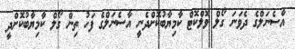
އާސެނަލްގެ ދެވަނަ ގޯލް ވޮލްކޮޓް ކާމިޔާބުކޮށްދެނީ އާސެނަލްގެ ފަހު ތިން ގޯލް ކާމިޔާބުކޮށްދީ